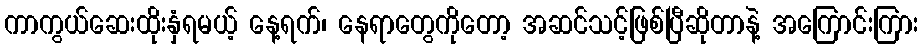
ကာကွယ်ဆေးထိုးနှံရမယ့် နေ့ရက်၊ နေရာတွေကိုတော့ အဆင်သင့်ဖြစ်ပြီဆိုတာနဲ့ အကြောင်းကြား